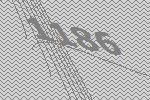
1186